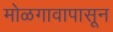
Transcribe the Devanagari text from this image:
मोळगावापासून